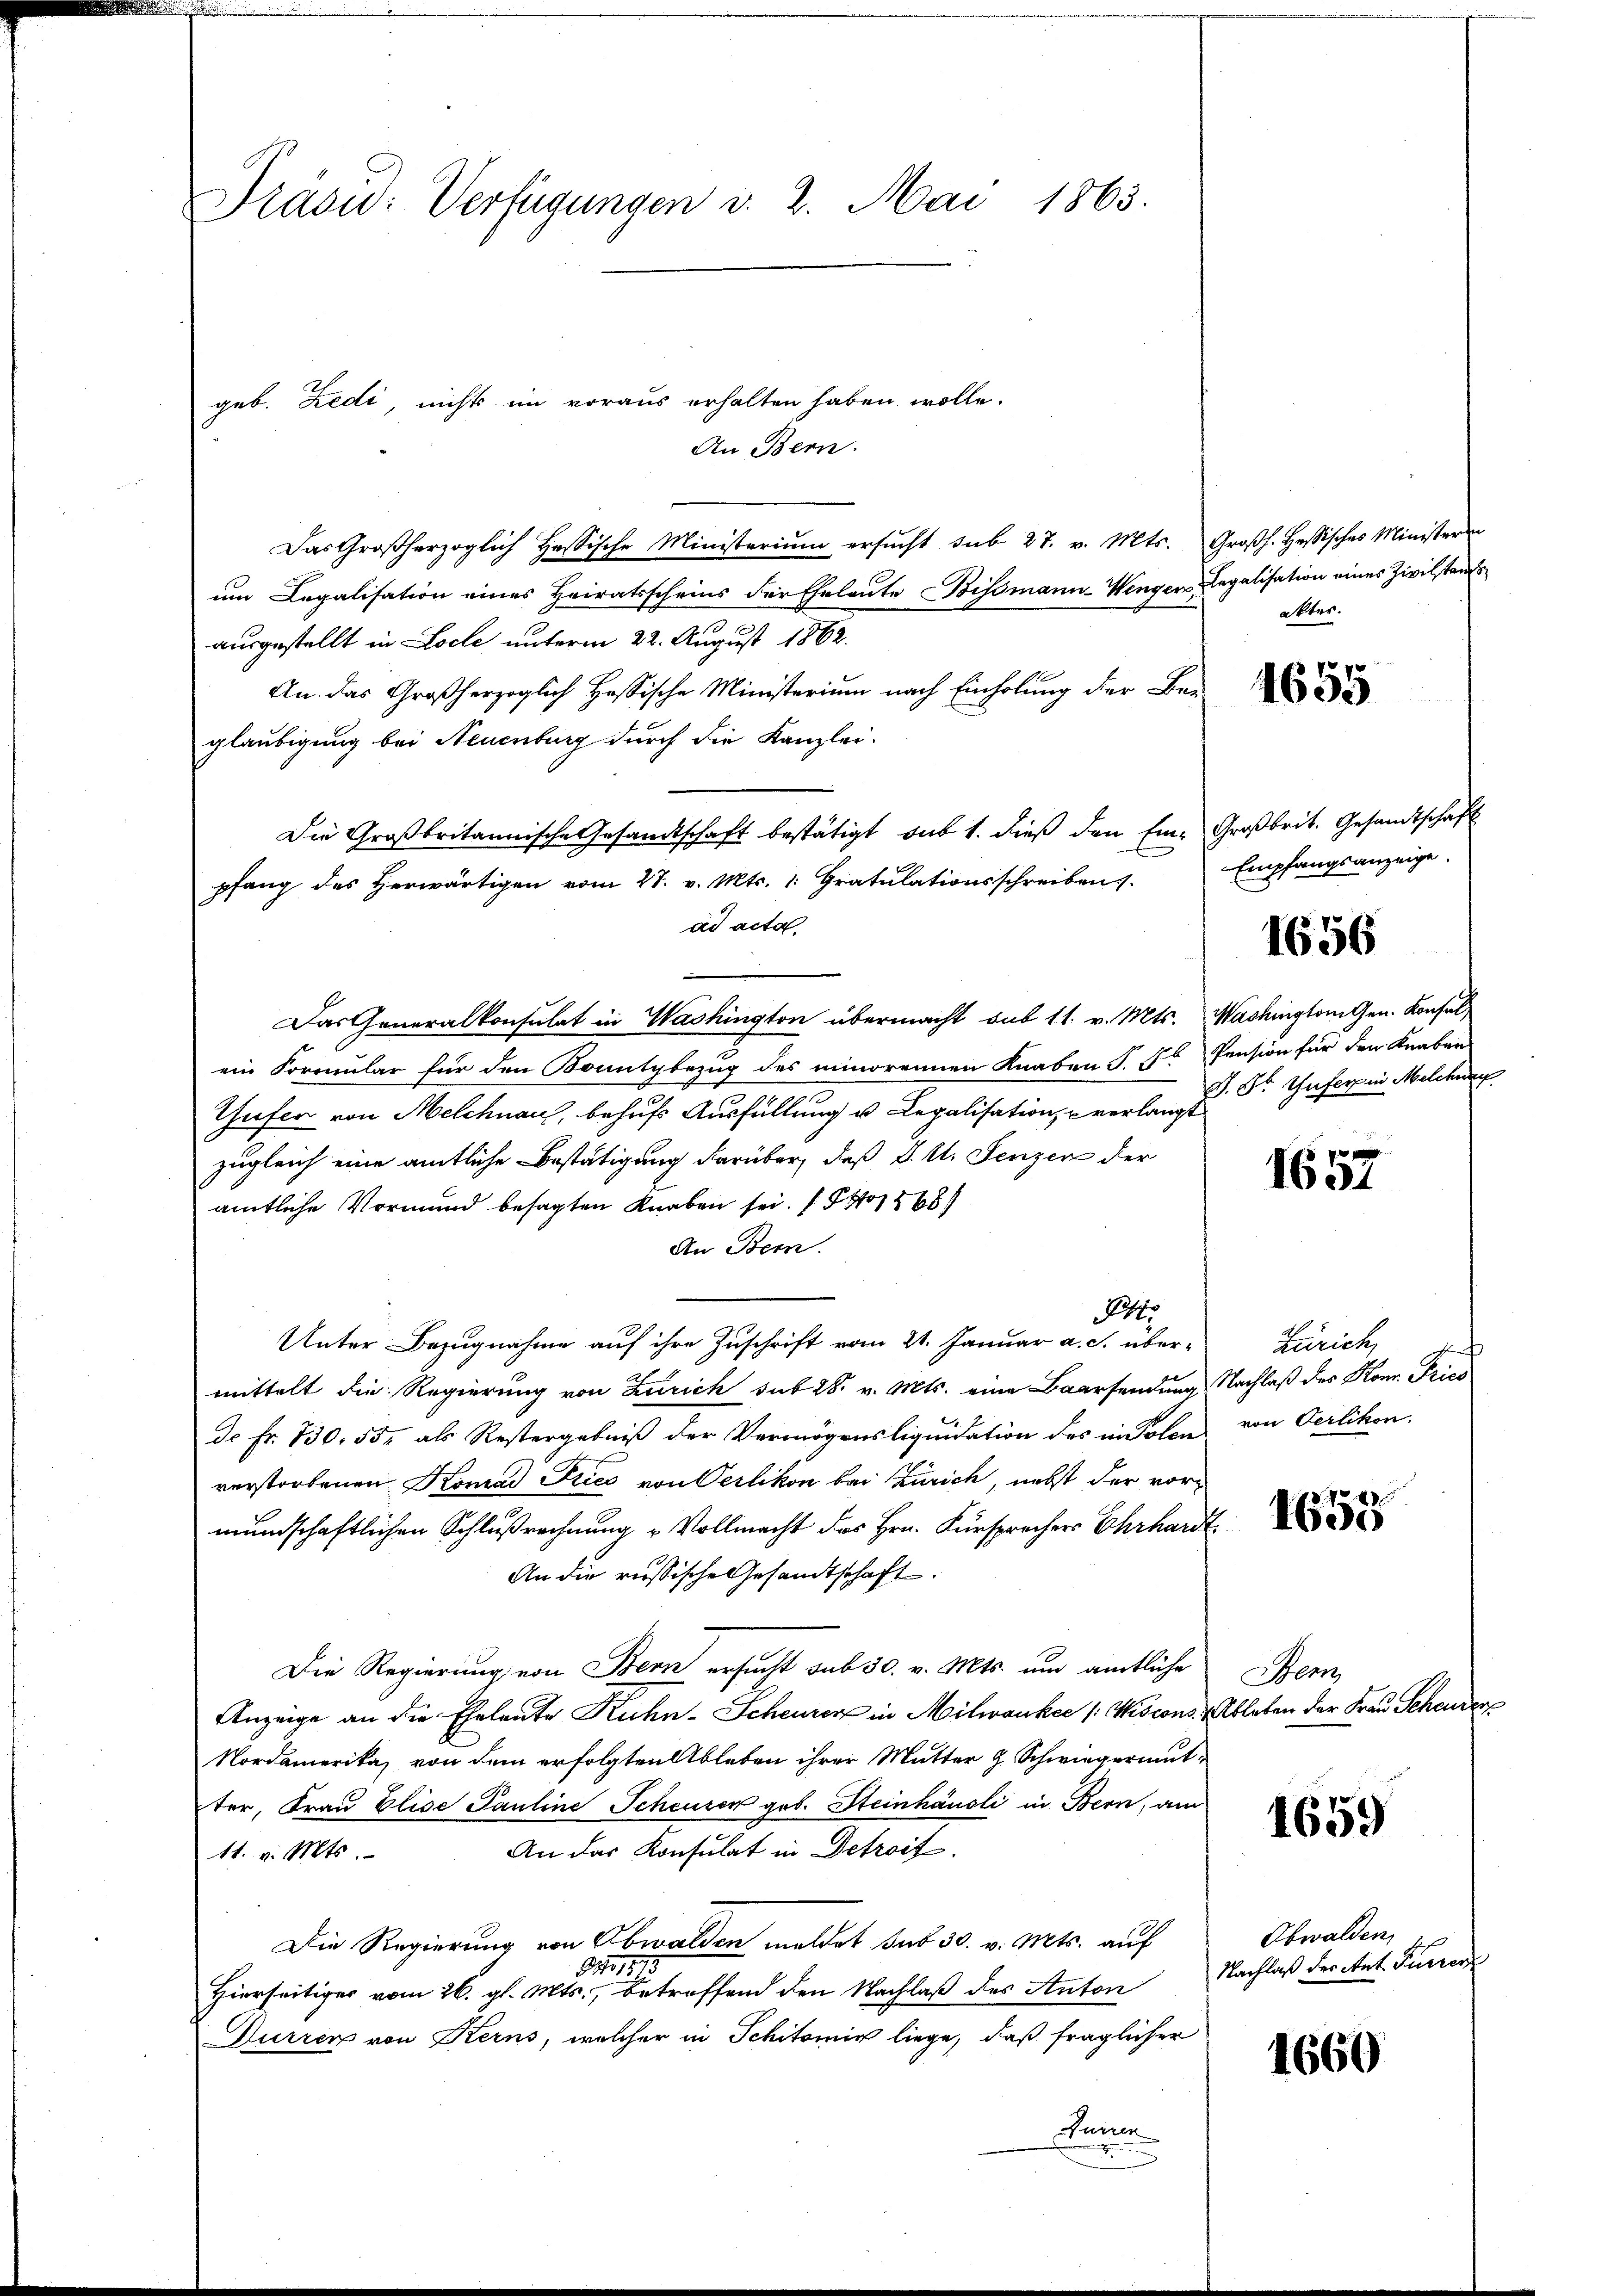
Prasid: Verfügungen d. 2. Mai 1865.

geb. Zedi, nichts im voraus erhalten haben wolle.
An Bern.
Das Großherzoglich Hassische Ministerium ersucht sub 27. v. Mts. Großh. Hessisches Ministerin
um Legalisation eines Heiratsscheins der Eheleute Bismann-Wengen Legalisation eines Zivilstandsausgestellt in Loche unterm 22. August 1862.
An das Großherzoglich Hassische Ministerium nach Einholung der Bei-
glaubigung bei Neuenburg durch die Kanzlei-
Die Großbritannische Gesandtschaft bestätigt sub 1. dieß den Ein- Großbrit. Gesandtschaft
pfang des Herwärtigen vom 27. v. Mts. 1. Gratulationsschreiben.
ad acta
Das Generalkonsulat in Washington übermacht sub 11. v. Mts. Washington Gen. Konfel
ein Formular für den Konutzbezug des minorennen Knaben S. 16
Thufer von Melchnau, behufs Ausfüllung u. Legalisation, u verlangt
zugleich eine amtliche Bestätigung darüber, daß d. U. Lenzen der
amtliche Vormund besagten Knaben sei. (1268
An Bern.
.
Unter Bezugnahme auf ihre Zuschrift vom 21. Januar a. c. über-
mittelt die Regierung von Zürich sub 28. v. Mts. eine Baarsendung Nachlaß des Konr. Pries
de Fr. 130. 55 als Restergebniβ der Vermögensliquidation des in Polen von Oerlikon.
verstorbenen Komad Fries von Oerlikon bei Zürich, nebst der vormundschaftlichen Schlußrechnung u Vollmacht des Hrn. Fürsprechers Ehrhardt
An die russische Gesandtschaft.
Die Regierung von Bern ersucht sub 30. v. Mts. um amtliche Bern
Anzeige an die Eheleute Kuhn-Scheurer in Milwaukee / Kiscons Ableben der Frau Schenden
Nordamerika, von dem erfolgten Ableben ihrer Mutter z. Schwiegermutter, Frau Elise Pauline Scheuren geb. Steinhäusli in Bern, am
An das Konsulat in Detroit.
11. v. Mts.
Die Regierung von Obwalden meldet sub 30. v. Mts. auf
31111.
Hierseitiges vom 26. gl. Mts., betreffend den Nachlaß des Anton
Durren von Kerns, welcher in Schitomie liege, daß fraglicher
Sanen

akter.

4655

Empfangsanzeige.

1656

Pension für den Knaben
J. Fr. Gufer in Melcher

§ 7. M
1601

Zürich,
f

1655

1659

Obwalden,
Nachlaß der Ant. Furren

1660